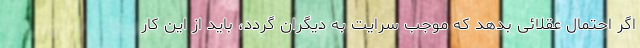
اگر احتمال عقلائی بدهد که موجب سرایت به دیگران گردد، باید از این کار